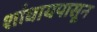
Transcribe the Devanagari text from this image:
शांघायपासून